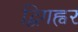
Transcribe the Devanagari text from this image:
द्विगह्वर